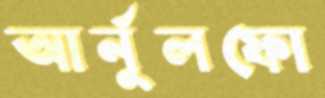
আর্নুলফো